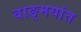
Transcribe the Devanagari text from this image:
वाङ्‌मयांत